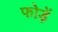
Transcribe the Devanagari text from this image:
फोड़ें